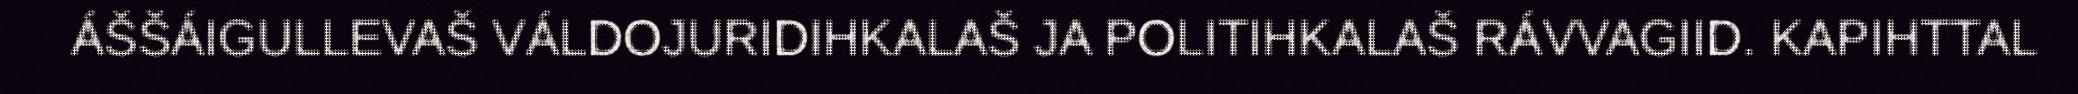
ÁŠŠÁIGULLEVAŠ VÁLDOJURIDIHKALAŠ JA POLITIHKALAŠ RÁVVAGIID. KAPIHTTAL